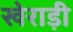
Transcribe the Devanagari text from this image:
खेराड़ी